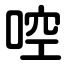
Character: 啌